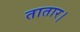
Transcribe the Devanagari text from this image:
तातार।